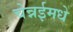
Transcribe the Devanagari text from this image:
चेन्नईमधे